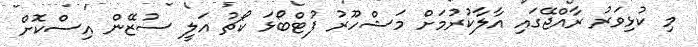
މި ކުޅިވަރު ރާއްޖޭގައި އާލާކުރުމަށް މަޝްހޫރު ފުޓްބޯޅަ ކޯޗު އަލީ ސުޒޭން އިސްކޮށް